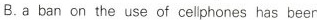
B.a ban on the use of celiphones has been